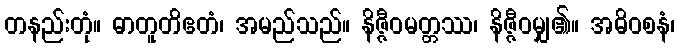
တနည်းတုံ။ ဓာတူတိဧတံ၊ အမည်သည်။ နိဇ္ဇီဝမတ္တဿ၊ နိဇ္ဇီဝမျှ၏။ အဓိဝစနံ၊